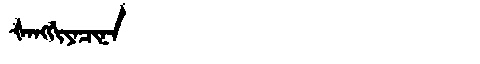
Manchu: ᡧᠠᠩᡤᡳᠶᠠᠴᡳᠨᠠ
Romanization: ŠANGGIYACINA